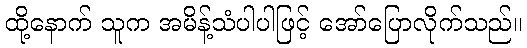
ထို့နောက် သူက အမိန့်သံပါပါဖြင့် အော်ပြောလိုက်သည်။